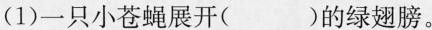
(1)一只小苍蝇展开( )的绿翅膀。